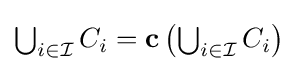
{\textstyle \bigcup _{i\in {\mathcal {I}}}C_{i}=\mathbf {c} \left(\bigcup _{i\in {\mathcal {I}}}C_{i}\right)}